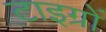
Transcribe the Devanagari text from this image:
टाइग्रों